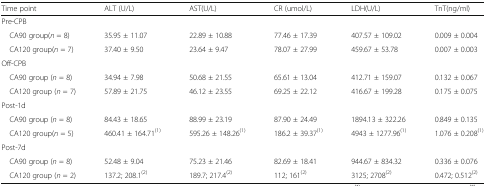
<table><thead><tr><td><b>Time point</b></td><td><b>ALT (U/L)</b></td><td><b>AST(U/L)</b></td><td><b>CR (umol/L)</b></td><td><b>LDH(U/L)</b></td><td><b>TnT(ng/ml)</b></td></tr></thead><tbody><tr><td colspan="6">Pre-CPB</td></tr><tr><td> CA90 group(<i>n</i> = 8)</td><td>35.95 ± 11.07</td><td>22.89 ± 10.88</td><td>77.46 ± 17.39</td><td>407.57 ± 109.02</td><td>0.009 ± 0.004</td></tr><tr><td> CA120 group(<i>n</i> = 7)</td><td>37.40 ± 9.50</td><td>23.64 ± 9.47</td><td>78.07 ± 27.99</td><td>459.67 ± 53.78</td><td>0.007 ± 0.003</td></tr><tr><td colspan="6">Off-CPB</td></tr><tr><td> CA90 group (<i>n</i> = 8)</td><td>34.94 ± 7.98</td><td>50.68 ± 21.55</td><td>65.61 ± 13.04</td><td>412.71 ± 159.07</td><td>0.132 ± 0.067</td></tr><tr><td> CA120 group (<i>n</i> = 7)</td><td>57.89 ± 21.75</td><td>46.12 ± 23.55</td><td>69.25 ± 22.12</td><td>416.67 ± 199.28</td><td>0.175 ± 0.075</td></tr><tr><td colspan="6">Post-1d</td></tr><tr><td> CA90 group (<i>n</i> = 8)</td><td>84.43 ± 18.65</td><td>88.99 ± 23.19</td><td>87.90 ± 24.49</td><td>1894.13 ± 322.26</td><td>0.849 ± 0.135</td></tr><tr><td> CA120 group(<i>n</i> = 5)</td><td>460.41 ± 164.71<sup>(1)</sup></td><td>595.26 ± 148.26<sup>(1)</sup></td><td>186.2 ± 39.37<sup>(1)</sup></td><td>4943 ± 1277.96<sup>(1)</sup></td><td>1.076 ± 0.208<sup>(1)</sup></td></tr><tr><td colspan="6">Post-7d</td></tr><tr><td> CA90 group (<i>n</i> = 8)</td><td>52.48 ± 9.04</td><td>75.23 ± 21.46</td><td>82.69 ± 18.41</td><td>944.67 ± 834.32</td><td>0.336 ± 0.076</td></tr><tr><td> CA120 group (<i>n</i> = 2)</td><td>137.2; 208.1<sup>(2)</sup></td><td>189.7; 217.4<sup>(2)</sup></td><td>112; 161<sup>(2)</sup></td><td>3125; 2708<sup>(2)</sup></td><td>0.472; 0.512<sup>(2)</sup></td></tr></tbody></table>